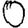
Digit: 0